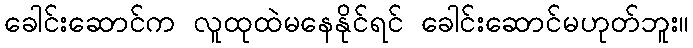
ခေါင်းဆောင်က လူထုထဲမနေနိုင်ရင် ခေါင်းဆောင်မဟုတ်ဘူး။